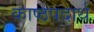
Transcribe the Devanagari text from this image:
काष्ठपदार्थ